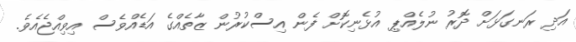
އަދި ރަނގަޅަށް ދޮރު ނުލެއްޕި އުޅެނިކޮށް ފެން އިސްކުރުން ޒާތެއްގެ އަޑެއްވެސް އިވިއްޖެއެވެ.